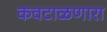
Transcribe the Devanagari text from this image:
कवटाळणारा